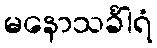
မနောသင်္ခါရံ